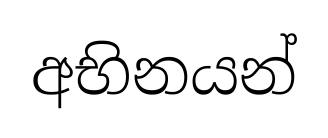
අභිනයන්